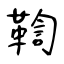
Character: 鞫